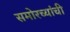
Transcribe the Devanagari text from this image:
समोरच्यांची